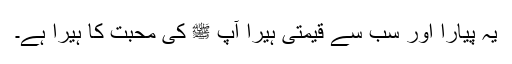
یہ پیارا اور سب سے قیمتی ہیرا آپ ﷺ کی محبت کا ہیرا ہے۔